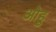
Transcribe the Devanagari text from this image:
ओहु